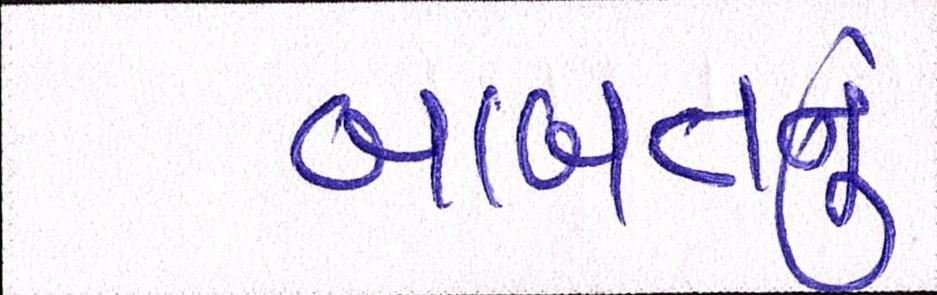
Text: બાબતનું